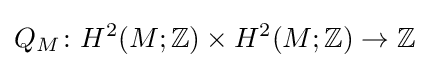
Q_{M}\colon H^{2}(M;\mathbb {Z} )\times H^{2}(M;\mathbb {Z} )\to \mathbb {Z}